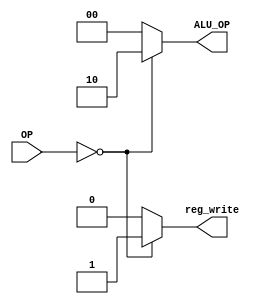
module Control(OP, reg_write, ALU_OP);
    //outputs
    output reg [1:0]ALU_OP;
    output reg reg_write;
    //inputs
    input [5:0]OP;

    always@(*)begin
	//if is R type -> set ALU_OP = 10
        if(OP == 6'd0)begin
            ALU_OP <= 2'b10;
            reg_write <= 1;
        end

        else begin
            ALU_OP <= 0;
            reg_write <= 0;
        end
    end

endmodule